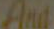
And